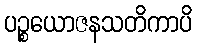
ပဉ္စယောဇနသတိကာပိ